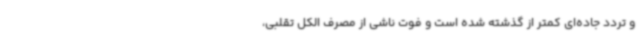
و تردد جاده‌ای کمتر از گذشته شده است و فوت ناشی از مصرف الکل تقلبی،